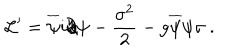
{ \cal L ^ { \prime } } = \overline { { { \psi } } } i { \partial \hspace { - 1 . 2 e x } / } \psi - { \frac { \sigma ^ { 2 } } { 2 } } - g \overline { { { \psi } } } \psi \sigma \ .